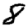
Digit: 8